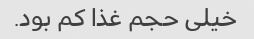
خیلی حجم غذا کم بود.